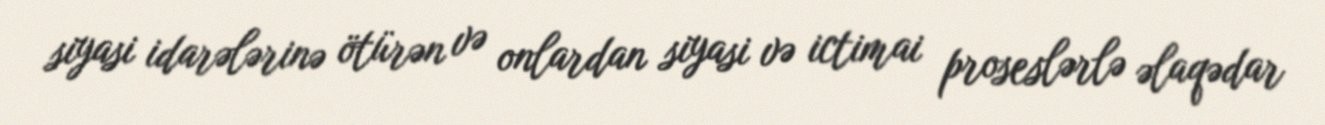
siyasi idarələrinə ötürən və onlardan siyasi və ictimai proseslərlə əlaqədar